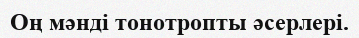
Оң мəнді тонотропты əсерлері.